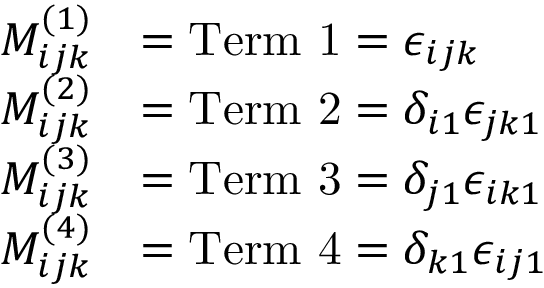
\begin{array} { r l } { M _ { i j k } ^ { ( 1 ) } } & { = \mathrm { T e r m ~ 1 } = \epsilon _ { i j k } } \\ { M _ { i j k } ^ { ( 2 ) } } & { = \mathrm { T e r m ~ 2 } = \delta _ { i 1 } \epsilon _ { j k 1 } } \\ { M _ { i j k } ^ { ( 3 ) } } & { = \mathrm { T e r m ~ 3 } = \delta _ { j 1 } \epsilon _ { i k 1 } } \\ { M _ { i j k } ^ { ( 4 ) } } & { = \mathrm { T e r m ~ 4 } = \delta _ { k 1 } \epsilon _ { i j 1 } } \end{array}